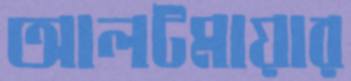
আলটমায়ার